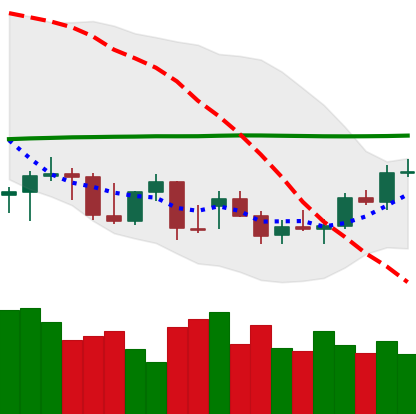
Ticker: BTC-USD
Chart end date: 2021-12-24
Forward return: -8.613%
Label: down_7plus